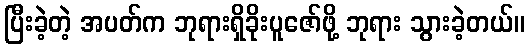
ပြီးခဲ့တဲ့ အပတ်က ဘုရားရှိခိုးပူဇော်ဖို့ ဘုရား သွားခဲ့တယ်။